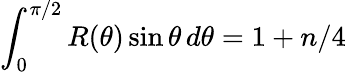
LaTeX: \int_{0}^{\pi/2}R(\theta)\sin\theta\, d\theta=1+n/4